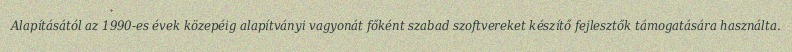
Alapításától az 1990-es évek közepéig alapítványi vagyonát főként szabad szoftvereket készítő fejlesztők támogatására használta.